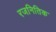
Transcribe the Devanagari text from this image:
रजनितिक